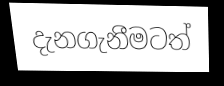
දැනගැනීමටත්